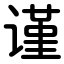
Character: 谨